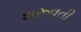
શરૂવતી